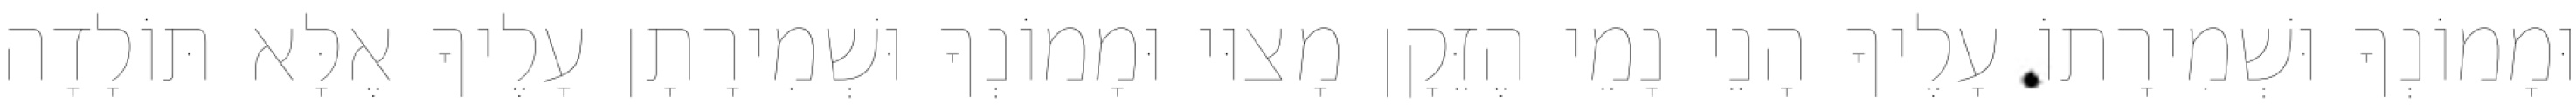
וּמָמוֹנְךָ וּשְׁמִירָתוֹ עָלֶיךָ הָנֵי נָמֵי הֶזֵּקָן מָצוּי וּמָמוֹנְךָ וּשְׁמִירָתָן עָלֶיךָ אֶלָּא תּוֹלָדָה